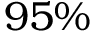
9 5 \%